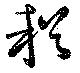
頼